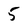
Character: 5